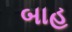
બાહ